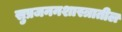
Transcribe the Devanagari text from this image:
सुप्रजननशास्त्रातील